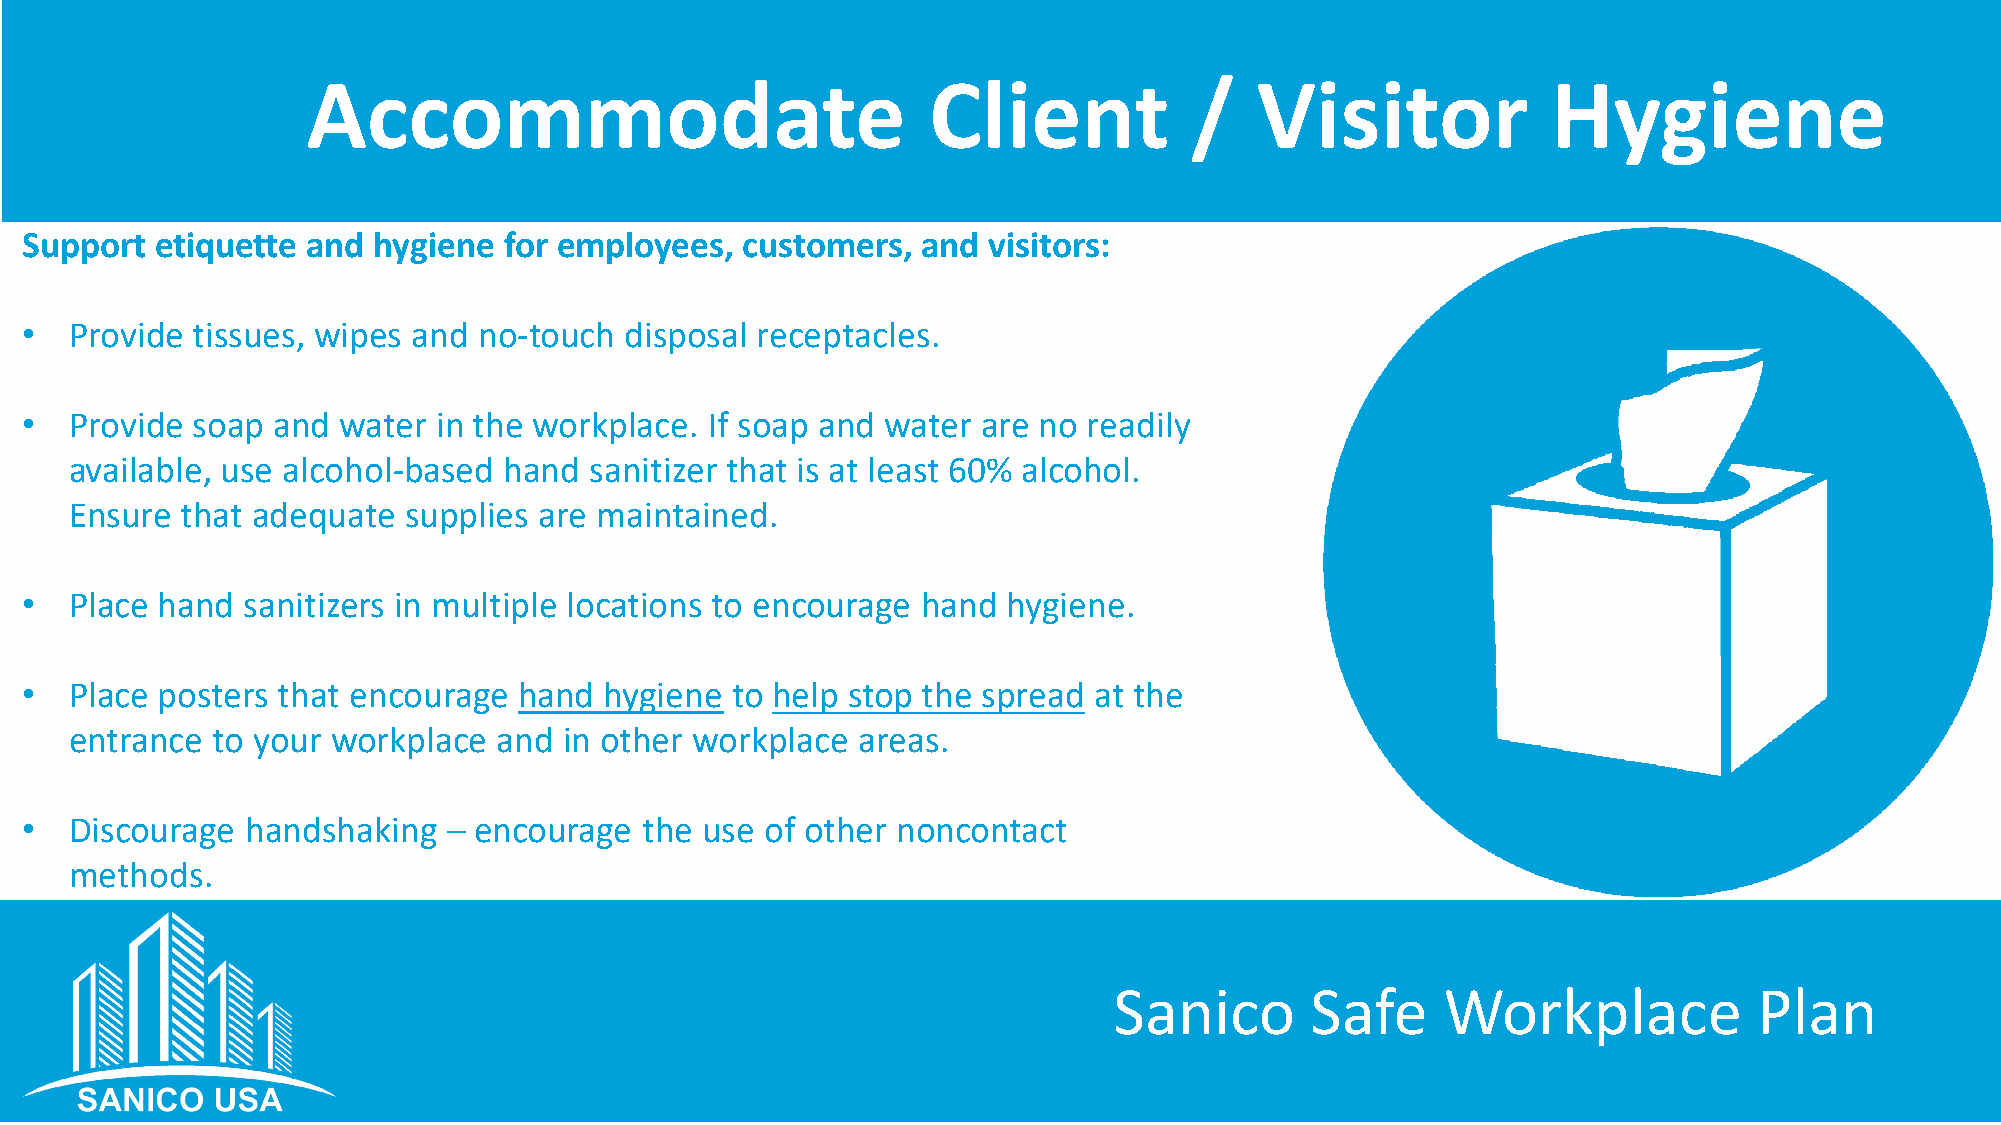
Accommodate                              Client            /   Visitor             Hygiene
 Support  etiquette and  hygiene for employees,  customers,  and visitors:
 •   Provide tissues, wipes and no-touch disposal receptacles.
 •   Provide soap and  water in the workplace. If soap and water are no readily
 available, use alcohol-based hand sanitizer that is at least 60% alcohol.
 Ensure that adequate  supplies are maintained.
 •   Place hand sanitizers in multiple locations to encourage hand hygiene.
 •   Place posters that encourage hand  hygiene to help stop the spread at the
 entrance to your workplace  and in other workplace  areas.
 •   Discourage handshaking   – encourage  the use of other noncontact
 methods.
 Sanico       Safe     Workplace           Plan